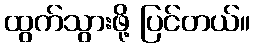
ထွက်သွားဖို့ ပြင်တယ်။